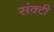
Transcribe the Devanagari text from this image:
संक्टी